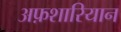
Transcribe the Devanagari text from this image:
अफ़शारियान